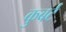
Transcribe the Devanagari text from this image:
कुबर्ट